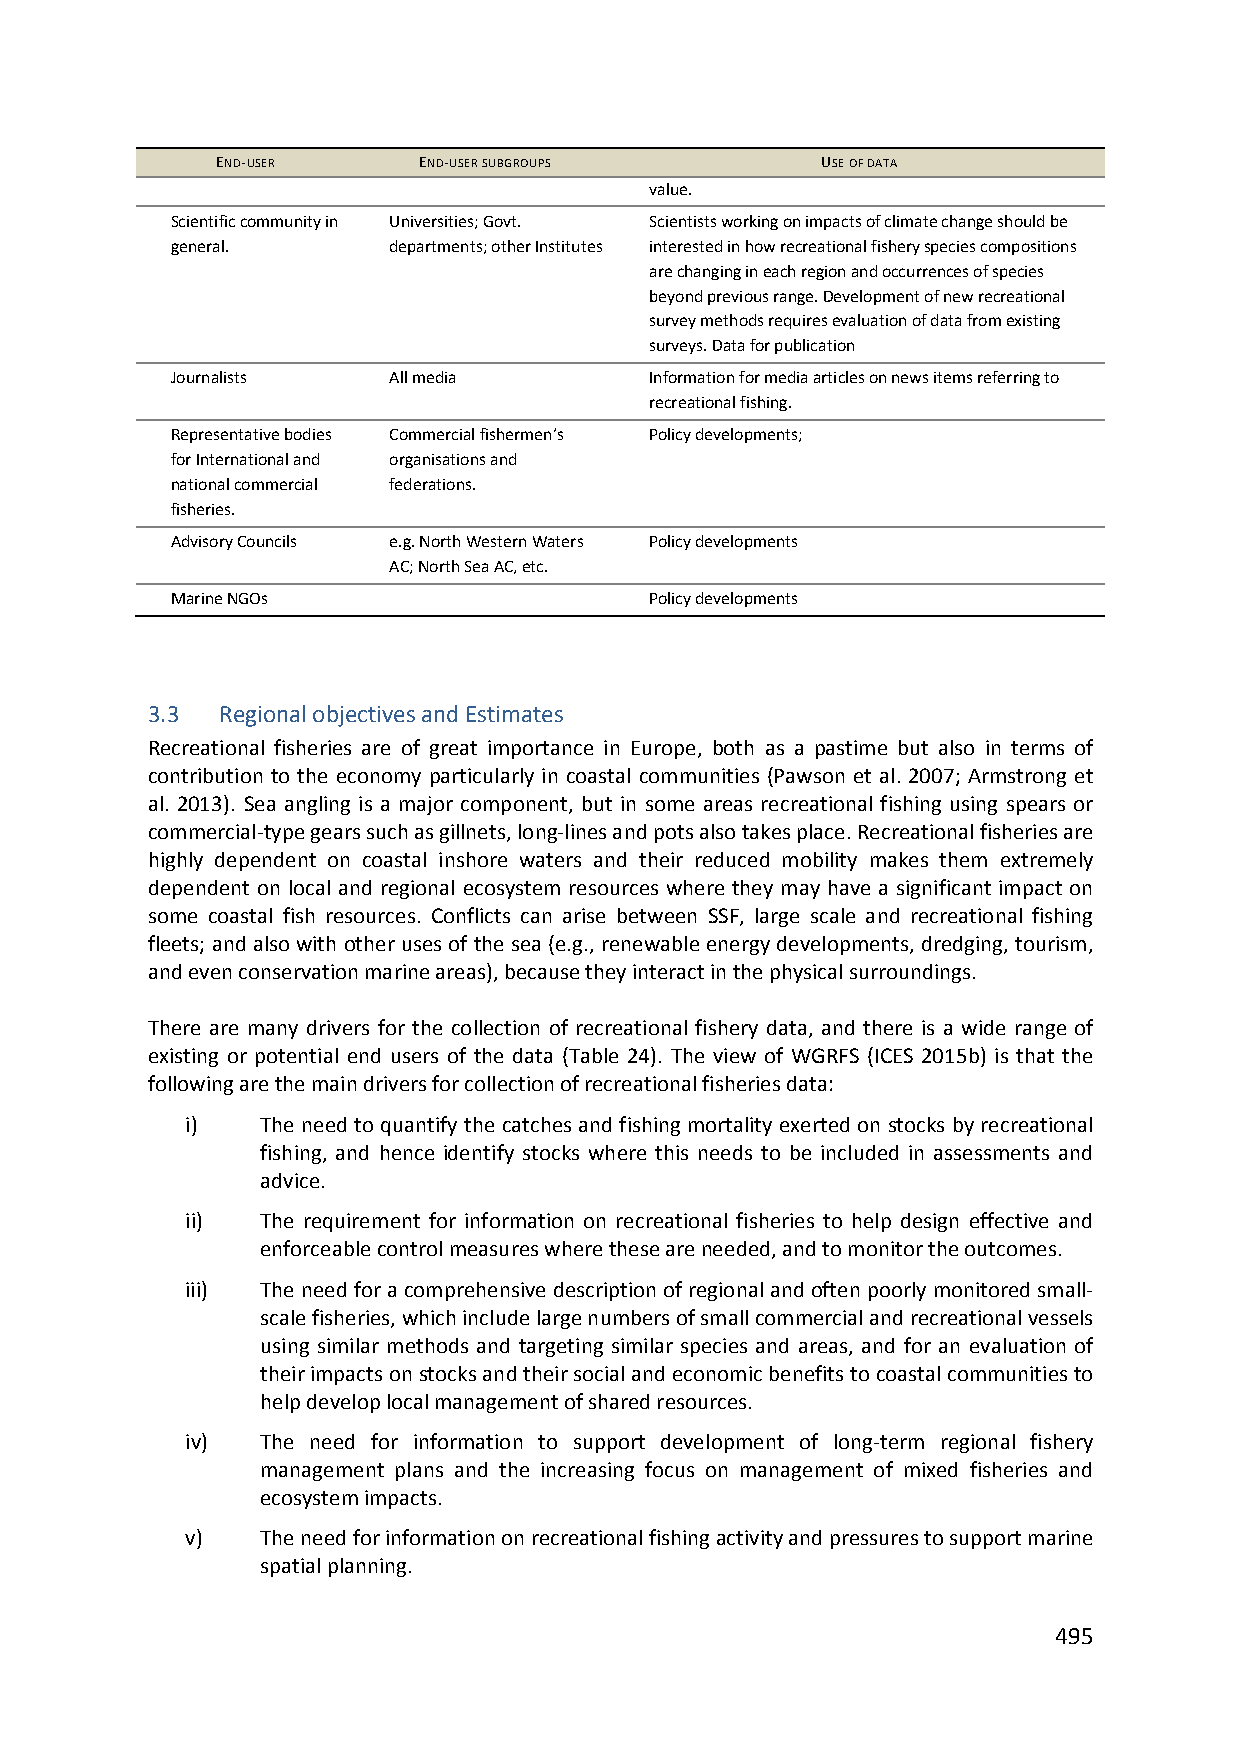
END‐USER      END‐USER SUBGROUPS        USE OF DATA
 value.
 Scientific community in Universities; Govt. Scientists working on impacts of climate change should be
 general.       departments; other Institutes interested in how recreational fishery species compositions
 are changing in each region and occurrences of species
 beyond previous range. Development of new recreational
 survey methods requires evaluation of data from existing
 surveys. Data for publication
 Journalists    All media        Information for media articles on news items referring to
 recreational fishing.
 Representative bodies Commercial fishermen’s Policy developments;
 for International and organisations and
 national commercial federations.
 fisheries.
 Advisory Councils e.g. North Western Waters Policy developments
 AC; North Sea AC, etc.
 Marine NGOs                     Policy developments
 3.3 Regional objectives and Estimates
 Recreational fisheries are of great importance in Europe, both as a pastime but also in terms of
 contribution to the economy particularly in coastal communities (Pawson et al. 2007; Armstrong et
 al. 2013). Sea angling is a major component, but in some areas recreational fishing using spears or
 commercial‐type gears such as gillnets, long‐lines and pots also takes place. Recreational fisheries are
 highly dependent on coastal inshore waters and their reduced mobility makes them extremely
 dependent on local and regional ecosystem resources where they may have a significant impact on
 some coastal fish resources. Conflicts can arise between SSF, large scale and recreational fishing
 fleets; and also with other uses of the sea (e.g., renewable energy developments, dredging, tourism,
 and even conservation marine areas), because they interact in the physical surroundings.
 There are many drivers for the collection of recreational fishery data, and there is a wide range of
 existing or potential end users of the data (Table 24). The view of WGRFS (ICES 2015b) is that the
 following are the main drivers for collection of recreational fisheries data:
 i)   The need to quantify the catches and fishing mortality exerted on stocks by recreational
 fishing, and hence identify stocks where this needs to be included in assessments and
 advice.
 ii)  The requirement for information on recreational fisheries to help design effective and
 enforceable control measures where these are needed, and to monitor the outcomes.
 iii) The need for a comprehensive description of regional and often poorly monitored small‐
 scale fisheries, which include large numbers of small commercial and recreational vessels
 using similar methods and targeting similar species and areas, and for an evaluation of
 their impacts on stocks and their social and economic benefits to coastal communities to
 help develop local management of shared resources.
 iv)  The need for information to support development of long‐term regional fishery
 management plans and the increasing focus on management of mixed fisheries and
 ecosystem impacts.
 v)   The need for information on recreational fishing activity and pressures to support marine
 spatial planning.
 495